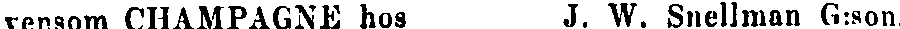
vensom CHAMPAGNE hos J. W. Snellman G:son.